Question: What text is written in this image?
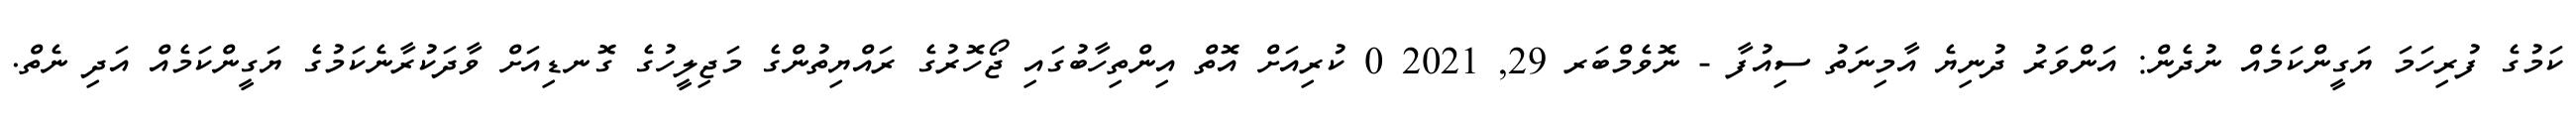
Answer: ކަމުގެ ފުރިހަމަ ޔަގީންކަމެއް ނުދެން: އަންވަރު ދުނިޔެ އާމިނަތު ސިއުފާ - ނޮވެމްބަރ 29, 2021 0 ކުރިއަށް އޮތް އިންތިހާބުގައި ޖޯހޮރުގެ ރައްޔިތުންގެ މަޖިލީހުގެ ގޮނޑިއަށް ވާދަކުރާނެކަމުގެ ޔަގީންކަމެއް އަދި ނެތް.